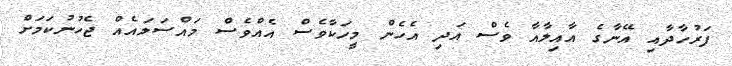
ފަރުހާދާއި އޭނާގެ އާއިލާއާ ވެސް އަދި އެހެން މީހަކާވެސް އެއްވެސް މައްސަލައެއް ޖެހުނުކަމަށް